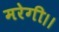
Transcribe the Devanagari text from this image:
मरेगी।।